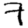
Digit: 7